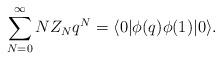
LaTeX: \begin{align*}\sum_{N=0}^\infty N Z_N q^N = \langle 0 | \phi(q) \phi(1)|0\rangle.\end{align*}